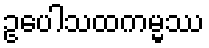
ဥပေါသထကမ္မဿ